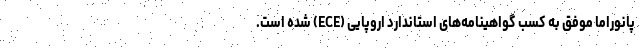
پانوراما موفق به کسب گواهینامه‌های استاندارد اروپایی (ECE) شده است.